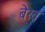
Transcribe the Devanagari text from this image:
बेख